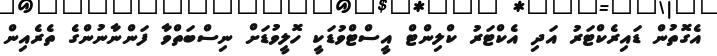
އެގޮތުން ޑައިރެކްޓަރު އަދި އެކްޓަރު ކްލިންޓް އީސްޓްވުޑަކީ ހޮލީވުޑަށް ނިސްބަތްވާ ފަންނާނުންގެ ތެރެއިން